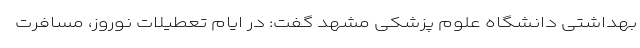
بهداشتی دانشگاه علوم پزشکی مشهد گفت: در ایام تعطیلات نوروز، مسافرت